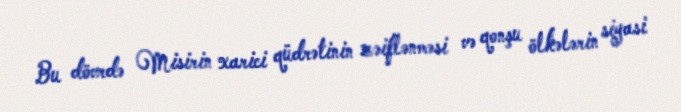
Bu dövrdə Misirin xarici qüdrətinin zəiflənməsi və qonşu ölkələrin siyasi